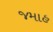
જમાહ